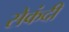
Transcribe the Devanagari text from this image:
सेकंदी